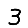
Digit: 3